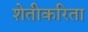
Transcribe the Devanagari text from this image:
शेतीकरिता